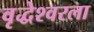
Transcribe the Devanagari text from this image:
वृद्धेश्वरला